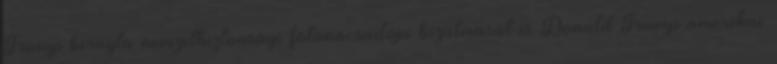
Trump kirúgta nemzetbiztonsági főtanácsadója bizalmasát is Donald Trump amerikai